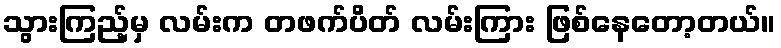
သွားကြည့်မှ လမ်းက တဖက်ပိတ် လမ်းကြား ဖြစ်နေတော့တယ်။